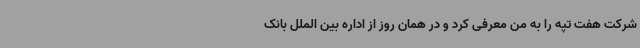
شرکت هفت تپه را به من معرفی کرد و در همان روز از اداره بین الملل بانک